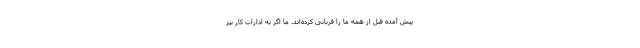
پیش آمده قبل از همه ما را قربانی کرده‌اند. ما اگر به ادارات کار نیز